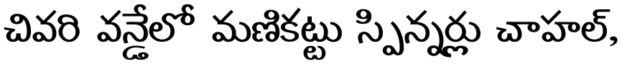
చివరి వన్డేలో మణికట్టు స్పిన్నర్లు చాహల్,